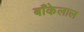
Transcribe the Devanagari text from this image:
बाँकेलाल